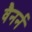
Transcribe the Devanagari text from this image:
वैनर्न